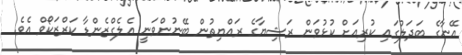
އޭނާގެ ބަދަލުގައި ކުރިއަށް ކުޅުވަން ރަޝިޔާގެ ރައްޔިތުން ބޭނުންވަނީ އެލެގްޒެންޑާ ކަރްޒަކޯވް އެވެ.